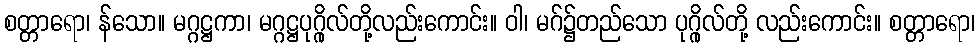
စတ္တာရော၊ န်သော။ မဂ္ဂဋ္ဌကာ၊ မဂ္ဂဋ္ဌပုဂ္ဂိုလ်တို့လည်းကောင်း။ ဝါ၊ မဂ်၌တည်သော ပုဂ္ဂိုလ်တို့ လည်းကောင်း။ စတ္တာရော၊